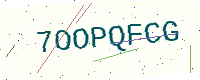
Text: 7OOPQFCG